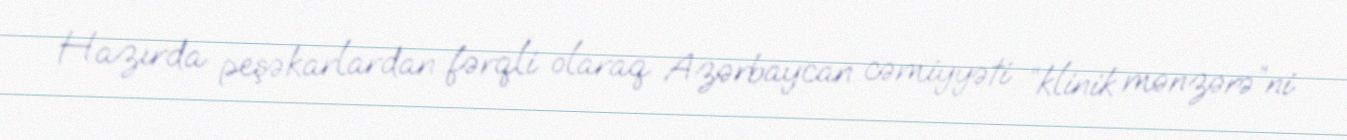
Hazırda peşəkarlardan fərqli olaraq Azərbaycan cəmiyyəti “klinik mənzərə”ni